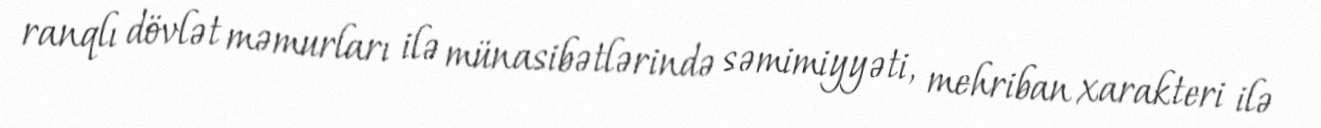
ranqlı dövlət məmurları ilə münasibətlərində səmimiyyəti, mehriban xarakteri ilə